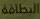
البطاقة